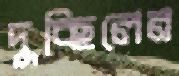
দুচ্ছিলেন